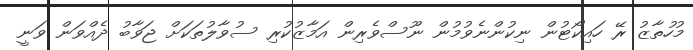
މުހުތާޒު ރޭ ހައިކޯޓުން ނިކުންނެވުމުން ނޫސްވެރިން އަމާޒުކުރި ސުވާލުތަކަށް ޖަވާބު ދެއްވަން ވަނީ